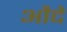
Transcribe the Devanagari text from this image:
औदे